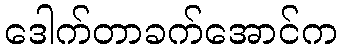
ဒေါက်တာခက်အောင်က